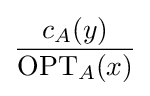
{\frac {c_{A}(y)}{\mathrm {OPT} _{A}(x)}}